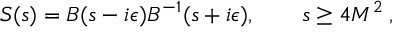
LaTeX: S ( s ) = B ( s - i \epsilon ) B ^ { - 1 } ( s + i \epsilon ) , \qquad s \geq 4 M ^ { 2 } \: ,